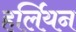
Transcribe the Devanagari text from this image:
हर्लियन